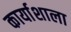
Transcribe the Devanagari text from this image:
कार्याशाला